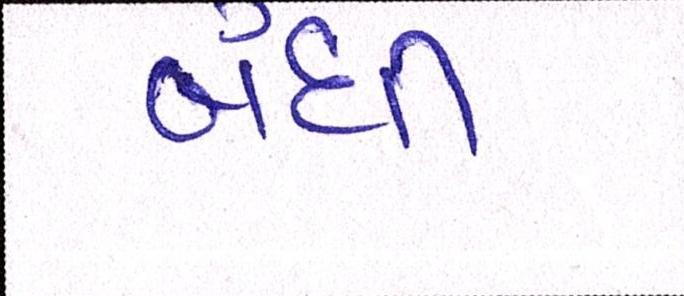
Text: બંધી